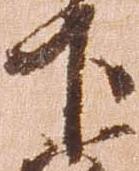
下